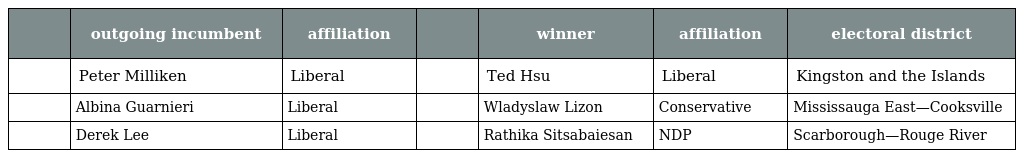
|  | outgoing incumbent | affiliation |  | winner | affiliation | electoral district |
 | --- | --- | --- | --- | --- | --- | --- |
 |  | Peter Milliken | Liberal |  | Ted Hsu | Liberal | Kingston and the Islands |
 |  | Albina Guarnieri | Liberal |  | Wladyslaw Lizon | Conservative | Mississauga East—Cooksville |
 |  | Derek Lee | Liberal |  | Rathika Sitsabaiesan | NDP | Scarborough—Rouge River |